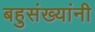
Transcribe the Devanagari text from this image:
बहुसंख्यांनी